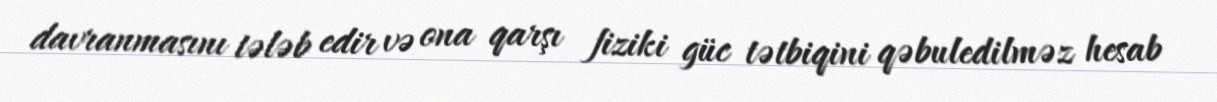
davranmasını tələb edir və ona qarşı fiziki güc tətbiqini qəbuledilməz hesab